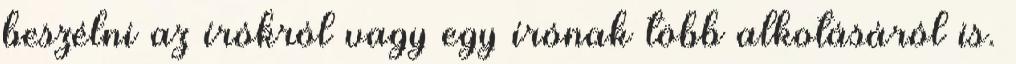
beszélni az írókról vagy egy írónak több alkotásáról is.